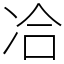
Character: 冾